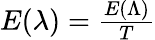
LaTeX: \begin{array}{r}{E(\lambda)=\frac{E(\Lambda)}{T}}\end{array}